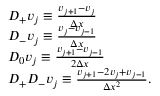
\begin{array} { r l } & { D _ { + } v _ { j } \equiv \frac { v _ { j + 1 } - v _ { j } } { \Delta x } } \\ & { D _ { - } v _ { j } \equiv \frac { v _ { j } - v _ { j - 1 } } { \Delta x } } \\ & { D _ { 0 } v _ { j } \equiv \frac { v _ { j + 1 } - v _ { j - 1 } } { 2 \Delta x } } \\ & { D _ { + } D _ { - } v _ { j } \equiv \frac { v _ { j + 1 } - 2 v _ { j } + v _ { j - 1 } } { \Delta x ^ { 2 } } . } \end{array}